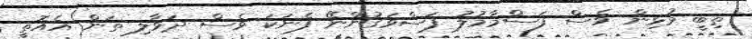
ތިބީ މުޅިން ވެސް ފަސްމާމުލު ފަސްވަގުންނޭ ފެނަކަ ވެސް ދަވާލި ތަން އެއޮތީ